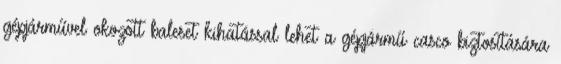
gépjárművel okozott baleset kihatással lehet a gépjármű casco biztosítására